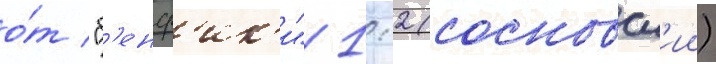
о́т "б'енф'ик'и" 1:2 (сосновск'ии)